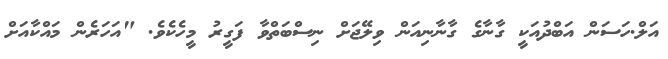
އަލް.ހަސަން އަބްދުއަކީ ގާނާގެ ގާނާނިއަން ވިލޭޖަށް ނިސްބަތްވާ ފަގީރު މީހެކެވެ. "އަހަރެން މައްކާއަށް